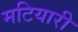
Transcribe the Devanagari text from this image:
मटियारी